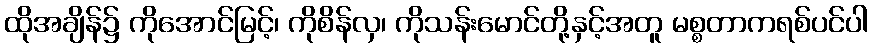
ထိုအချိန်၌ ကိုအောင်မြင့်၊ ကိုစိန်လှ၊ ကိုသန်းမောင်တို့နှင့်အတူ မစ္စတာကရစ်ပင်ပါ